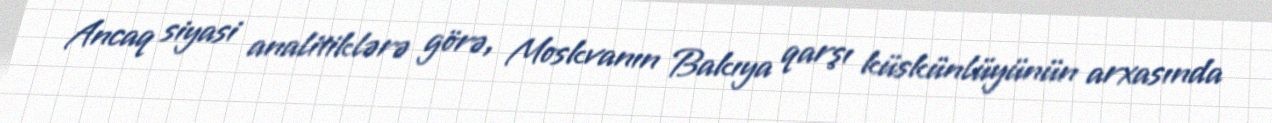
Ancaq siyasi analitiklərə görə, Moskvanın Bakıya qarşı küskünlüyünün arxasında